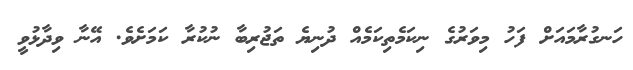
ހަނގުރާމައަށް ފަހު މިވަރުގެ ނިކަމެތިކަމެއް ދުނިޔެ ތަޖުރިބާ ނުކުރާ ކަމަށެވެ. އޭނާ ވިދާޅުވީ